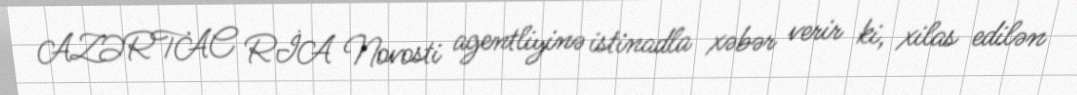
AZƏRTAC RİA Novosti agentliyinə istinadla xəbər verir ki, xilas edilən